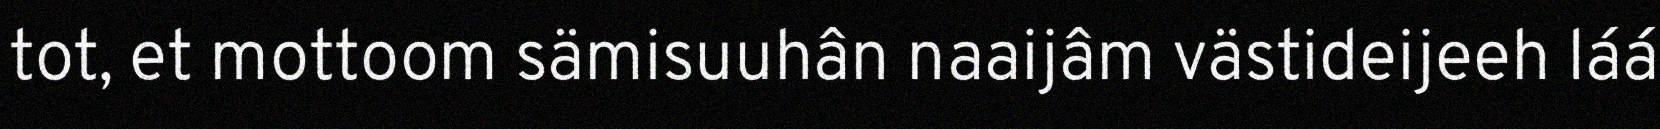
tot, et mottoom sämisuuhân naaijâm västideijeeh láá